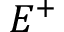
E ^ { + }